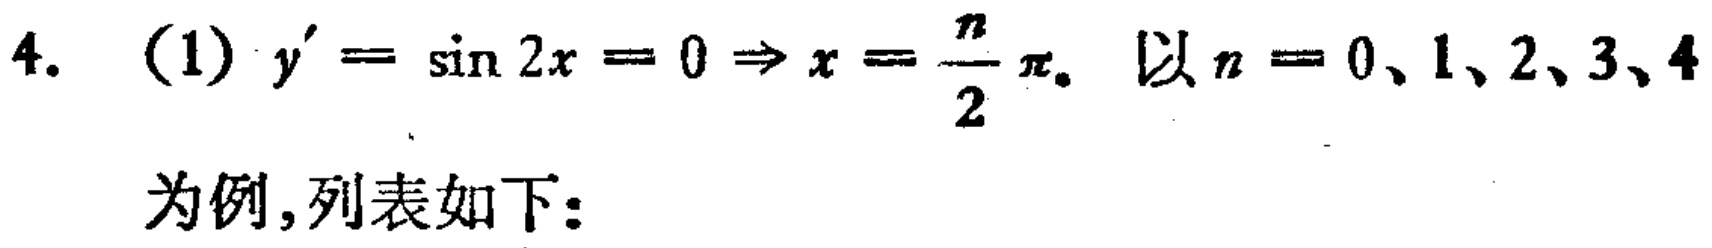
4. (1) \(y^{\prime}=\sin 2x = 0\Rightarrow x=\frac{n}{2}\pi\). 以 \(n = 0、1、2、3、4\)为例,列表如下: